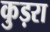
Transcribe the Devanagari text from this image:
कुड़रा